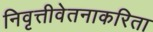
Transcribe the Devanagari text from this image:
निवृत्तीवेतनाकरिता